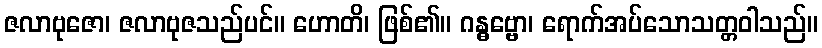
ဇလာဗုဇော၊ ဇလာဗုဇသည်ပင်။ ဟောတိ၊ ဖြစ်၏။ ဂန္ဓဗ္ဗော၊ ရောက်အပ်သောသတ္တဝါသည်။